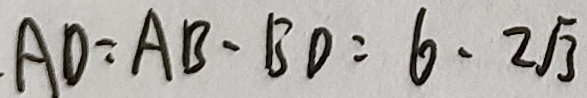
A D = A B - B D = 6 \cdot 2 \sqrt { 3 }